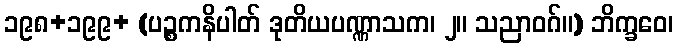
၁၉၈+၁၉၉+ (ပဉ္စကနိပါတ် ဒုတိယပဏ္ဏာသက၊ ၂။ သညာဝဂ်။) ဘိက္ခဝေ၊